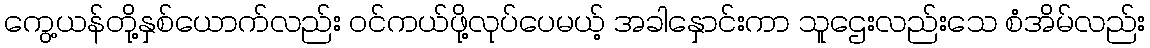
ကွေ့ယန်တို့နှစ်ယောက်လည်း ဝင်ကယ်ဖို့လုပ်ပေမယ့် အခါနှောင်းကာ သူဌေးလည်းသေ စံအိမ်လည်း